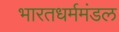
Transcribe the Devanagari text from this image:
भारतधर्ममंडल